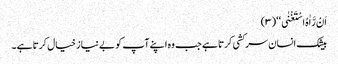
اَنْ رَّاٰہُ اسْتَغْنٰی ‘‘ (۳)
بیشک انسان سر کشی کرتا ہے جب وہ اپنے آپ کو بے نیاز خیال کرتا ہے ۔